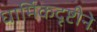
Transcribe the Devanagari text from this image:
धार्मिकदृष्टीने